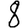
Digit: 8